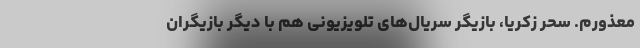
معذورم. سحر زکریا،‌ بازیگر سریال‌های تلویزیونی هم با دیگر بازیگران